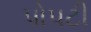
પોપટી